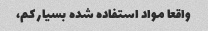
واقعا مواد استفاده شده بسیار کم،